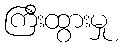
ကြီးထွားမှု